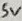
Text: 5V